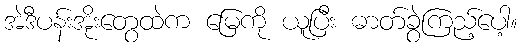
အဲဒီပန်းအိုးတွေထဲက မြေကို ယူပြီး ဓာတ်ခွဲကြည့်ပေါ့။